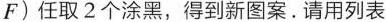
F)任取2个涂黑，得到新图案。请用列表